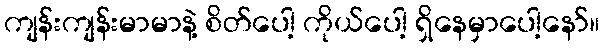
ကျန်းကျန်းမာမာနဲ့ စိတ်ပေါ့ ကိုယ်ပေါ့ ရှိနေမှာပေါ့နော်။